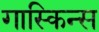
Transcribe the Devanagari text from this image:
गास्किन्स